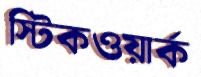
স্টিকওয়ার্ক